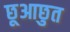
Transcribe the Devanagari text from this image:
छूआछुत